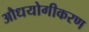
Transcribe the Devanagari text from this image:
औधयोगीकरण